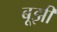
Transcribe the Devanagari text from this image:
बूझी